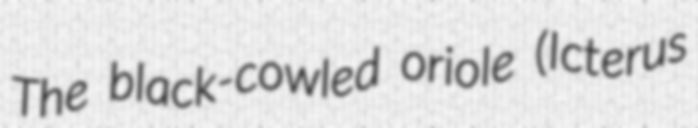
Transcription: The black-cowled oriole (Icterus